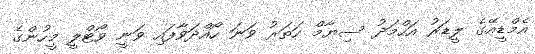
އެމްޑީއޭގެ ލީޑަރު އަހްމަދު ސިޔާމް ހަތަރު ވަނަ ހޯއްދަވާފައި ވަނީ ވޯޓްލީ މީހުންގެ